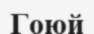
Гоюй